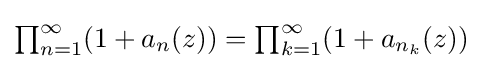
{\textstyle \prod _{n=1}^{\infty }(1+a_{n}(z))=\prod _{k=1}^{\infty }(1+a_{n_{k}}(z))}